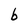
Character: b